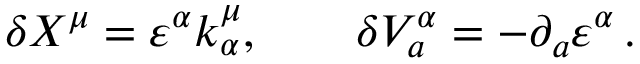
\delta X ^ { \mu } = \varepsilon ^ { \alpha } k _ { \alpha } ^ { \mu } , \qquad \delta V _ { a } ^ { \alpha } = - \partial _ { a } \varepsilon ^ { \alpha } \, .